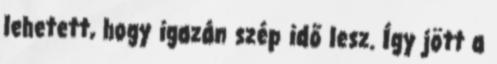
lehetett, hogy igazán szép idő lesz. Így jött a